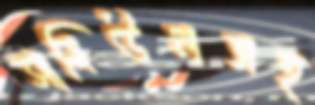
সামিউলসহ